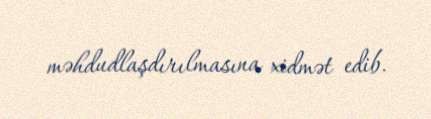
məhdudlaşdırılmasına xidmət edib.